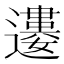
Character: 𨘠